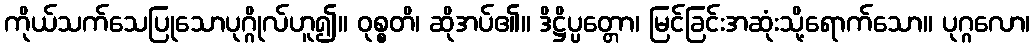
ကိုယ်သက်သေပြုသောပုဂ္ဂိုလ်ဟူ၍။ ဝုစ္စတိ၊ ဆိုအပ်၏။ ဒိဋ္ဌိပ္ပတ္တော၊ မြင်ခြင်းအဆုံးသို့ရောက်သော။ ပုဂ္ဂလော၊